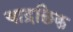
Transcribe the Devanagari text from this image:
याद्रछिक